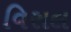
વિસલ